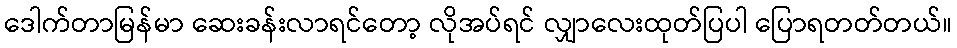
ဒေါက်တာမြန်မာ ဆေးခန်းလာရင်တော့ လိုအပ်ရင် လျှာလေးထုတ်ပြပါ ပြောရတတ်တယ်။